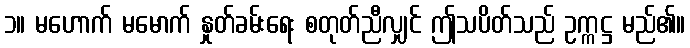
၁။ မဟောက် မမောက် နှုတ်ခမ်းရေး စတုတ်ညီလျှင် ဤသပိတ်သည် ဥက္ကဋ္ဌ မည်၏။